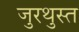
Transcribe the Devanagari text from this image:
जुरथुस्त